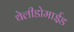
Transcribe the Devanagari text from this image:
थेलीडोमाईड